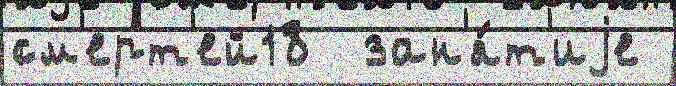
см'ерт'ей18  зан'я́т'иjе